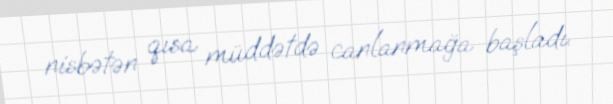
nisbətən qısa müddətdə canlanmağa başladı.